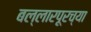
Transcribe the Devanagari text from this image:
बल्लारपूरच्या